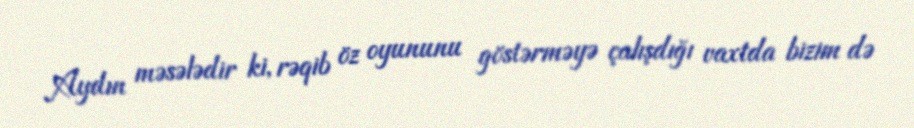
Aydın məsələdir ki, rəqib öz oyununu göstərməyə çalışdığı vaxtda bizim də